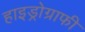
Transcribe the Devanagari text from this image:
हाइड्रोग्राफी